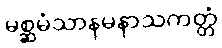
မစ္ဆမံသာနမနာသကတ္တံ